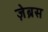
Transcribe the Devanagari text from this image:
ज़ेब्रस